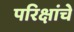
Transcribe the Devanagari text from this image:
परिक्षांचे